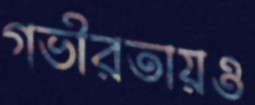
গভীরতায়ও